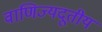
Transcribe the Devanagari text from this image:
वाणिज्यदूतीय